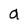
Character: a